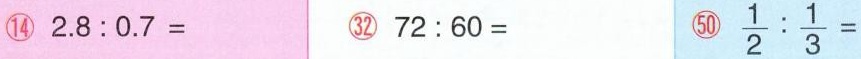
⑭ $$2 . 8 : 0 . 7 =$$ ㉜ $$7 2 : 6 0 =$$